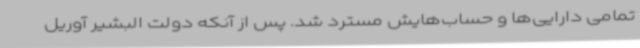
تمامی دارایی‌ها و حساب‌هایش مسترد شد. پس از آنکه دولت البشیر آوریل